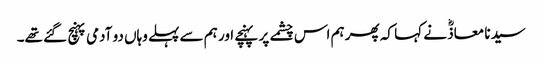
سیدنا معاذؓ نے کہا کہ پھر ہم اس چشمے پر پہنچے اور ہم سے پہلے وہاں دو آدمی پہنچ گئے تھے۔